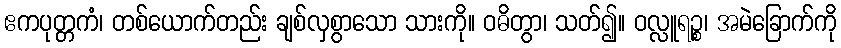
ဧကပုတ္တကံ၊ တစ်ယောက်တည်း ချစ်လှစွာသော သားကို။ ဝဓိတွာ၊ သတ်၍။ ဝလ္လူရဉ္စ၊ အမဲခြောက်ကို